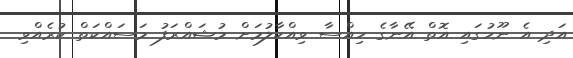
އަދި އެ ނޫހުގައި އޮތް އޭނާގެ ހިއްސާ ވިއްކާލުމަށް މުޝައްރަފު މަސައްކަތް ކުރެއްވި